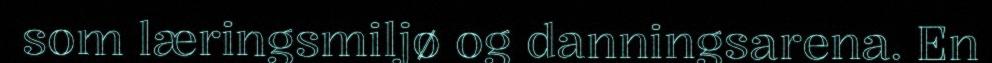
som læringsmiljø og danningsarena. En